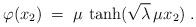
LaTeX: \begin{align*}\varphi(x_2) \;=\; \mu \, \tanh (\sqrt{\lambda}\, \mu x_2) \;.\end{align*}